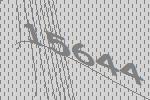
15644